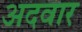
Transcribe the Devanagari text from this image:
अदवार